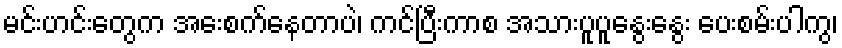
မင်းဟင်းတွေက အေးစက်နေတာပဲ၊ ကင်ပြီးကာစ အသားပူပူနွေးနွေး ပေးစမ်းပါကွ၊